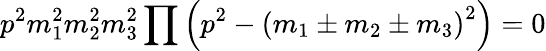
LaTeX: p^{2}m_{1}^{2}m_{2}^{2}m_{3}^{2}\prod\left(p^{2}-\left(m_{1}\pm m_{2}\pm m_{3}\right)^{2}\right)=0